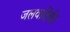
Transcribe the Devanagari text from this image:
जलवाहिकी